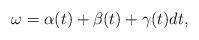
LaTeX: \begin{align*} \omega = \alpha(t) + \beta(t) + \gamma(t) dt , \end{align*}